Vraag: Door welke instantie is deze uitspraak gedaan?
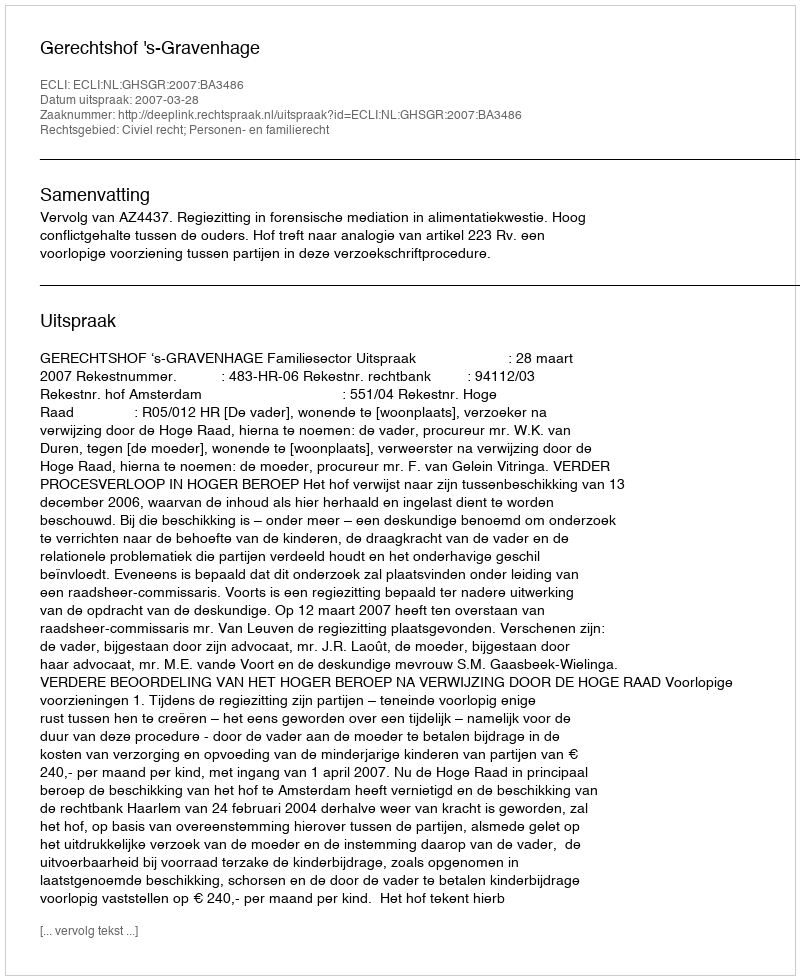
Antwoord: Gerechtshof 's-Gravenhage